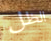
الظل